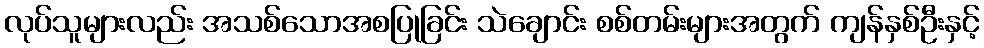
လုပ်သူများလည်း အသစ်သောအစပြုခြင်း သဲချောင်း စစ်တမ်းများအတွက် ကျန်နှစ်ဦးနှင့်